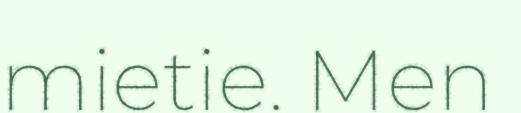
mietie. Men